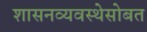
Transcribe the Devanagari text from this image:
शासनव्यवस्थेसोबत